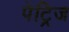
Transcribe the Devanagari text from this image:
पेट्रिज